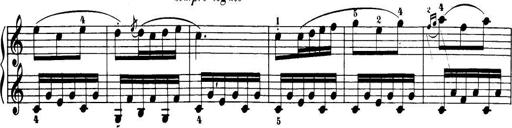
Title: 32 Sonatinas and Rondos for the Piano
Composer: Richard Kleinmichel